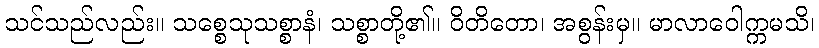
သင်သည်လည်း။ သစ္စေသုသစ္စာနံ၊ သစ္စာတို့၏။ ဝိတိတော၊ အစွန်းမှ။ မာလာဝေါက္ကမသိ၊